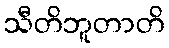
သီတိဘူတာတိ